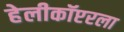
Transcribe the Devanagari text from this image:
हेलीकॉप्टरला